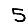
Digit: 5